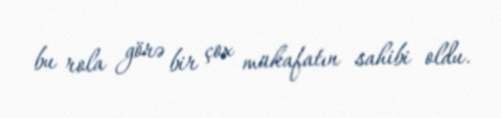
bu rola görə bir çox mükafatın sahibi oldu.